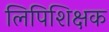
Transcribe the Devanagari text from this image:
लिपिशिक्षक